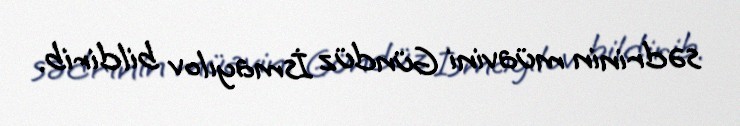
sədrinin müavini Gündüz İsmayılov bildirib.